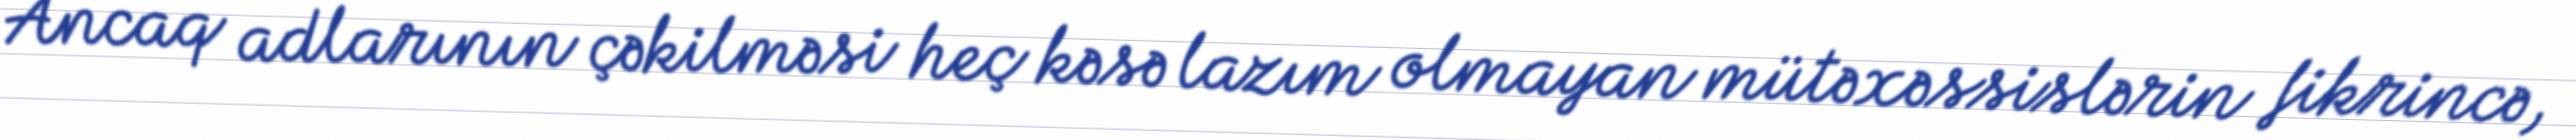
Ancaq adlarının çəkilməsi heç kəsə lazım olmayan mütəxəssislərin fikrincə,